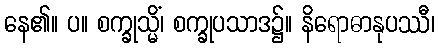
နေ၏။ ပ။ စက္ခုသ္မိံ၊ စက္ခုပသာဒ၌။ နိရောဓာနုပဿီ၊